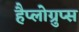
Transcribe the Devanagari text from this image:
हैप्लोग्रुप्स